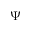
\Psi